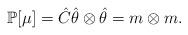
LaTeX: \begin{align*} \mathbb{P}[\mu] = \hat{C} \hat{\theta}\otimes\hat{\theta} = m\otimes m.\end{align*}